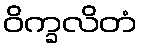
ဝိက္ခလိတံ